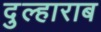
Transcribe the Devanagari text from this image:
दुल्हाराब